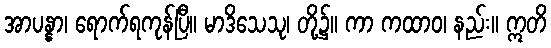
အာပန္နာ၊ ရောက်ရကုန်ပြီ။ မာဒိသေသု၊ တို့၌။ ကာ ကထာဝ၊ နည်း။ ဣတိ